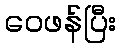
ဝေဖန်ပြီး